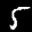
Label: 5